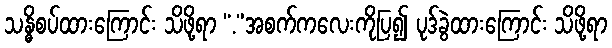
သန္ဓိစပ်ထားကြောင်း သိဖို့ရာ “.”အစက်ကလေးကိုပြ၍ ပုဒ်ခွဲထားကြောင်း သိဖို့ရာ